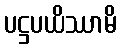
ပဋ္ဌပယိဿာမိ